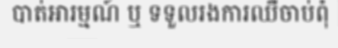
បាត់អារម្មណ៍ ឬ ទទួលរងការឈឺចាប់ពុំ